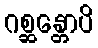
ဂစ္ဆန္တောပိ